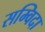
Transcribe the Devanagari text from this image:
सम्विदा